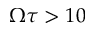
\Omega \tau > 1 0